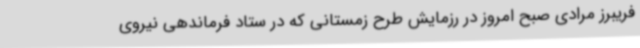
فریبرز مرادی صبح امروز در رزمایش طرح زمستانی که در ستاد فرماندهی نیروی